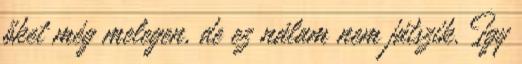
őket még melegen, de ez nálam nem játszik. Így